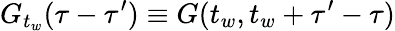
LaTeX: G_{t_{w}}(\tau-\tau^{\prime})\equiv G(t_{w},t_{w}+\tau^{\prime}-\tau)